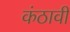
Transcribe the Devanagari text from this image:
कंठावी